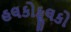
હલકોફૂલકો